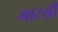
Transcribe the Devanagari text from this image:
गारुड़ी